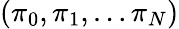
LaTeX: (\pi_{0},\pi_{1},\ldots\pi_{N})